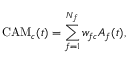
\mathrm { C A M } _ { c } ( t ) = \sum _ { f = 1 } ^ { N _ { f } } w _ { f c } A _ { f } ( t ) ,